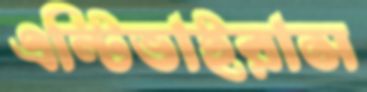
এন্টিভাইরাস